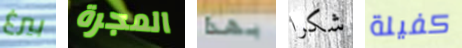
بيرغ المجرة بهذا شكرا كفيلة